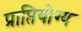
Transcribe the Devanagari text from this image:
प्राप्तियोग्य